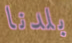
بلدنا